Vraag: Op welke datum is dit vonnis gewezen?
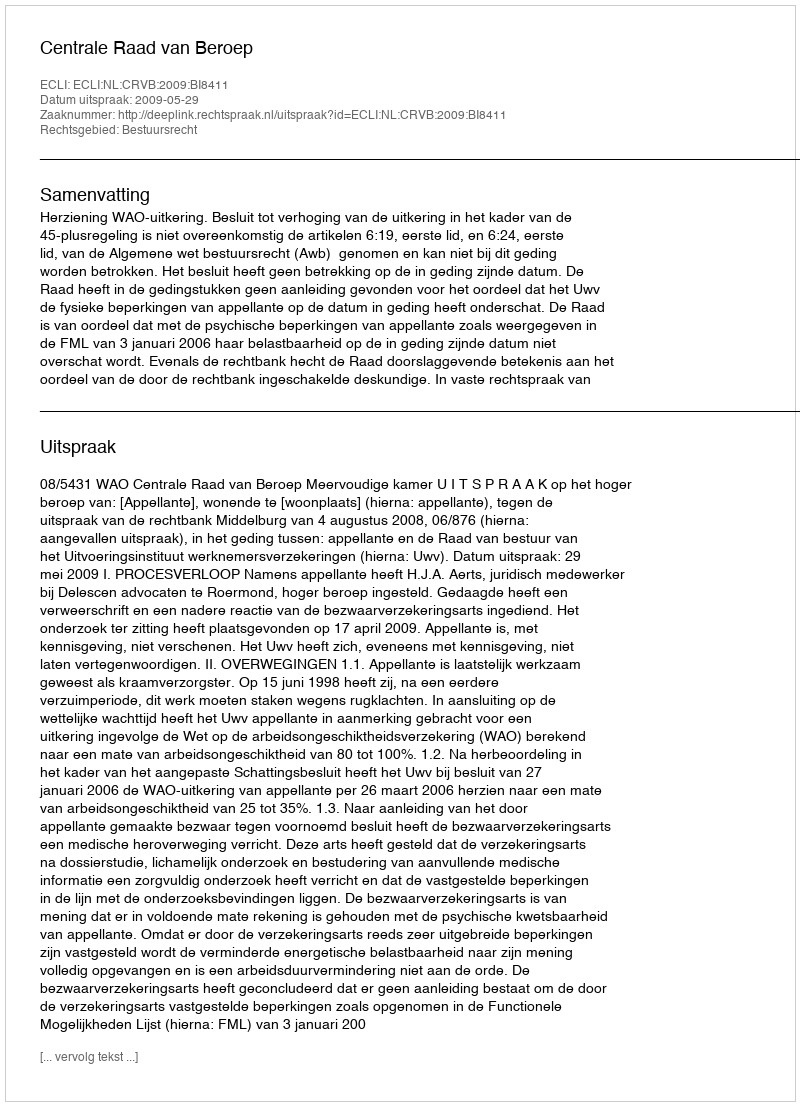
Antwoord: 2009-05-29